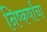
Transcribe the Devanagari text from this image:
निष्कर्षांचा